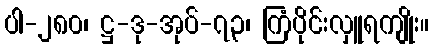
ပါ-၂၈၀၊ ဋ္ဌ-ဒု-အုပ်-၇၃၊ ကြံပိုင်းလှူရကျိုး။